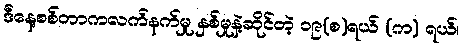
ဒီနေ့စစ်တာကလက်နက်မှု နှစ်မှုနဲ့ဆိုင်တဲ့ ၁၉(စ)ရယ် (က) ရယ်၊